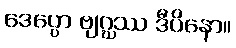
ဒေပ္ပော ဗျဂ္ဃဿ ဒီပိနော။